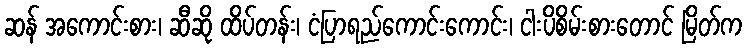
ဆန် အကောင်းစား၊ ဆီဆို ထိပ်တန်း၊ ငံပြာရည်ကောင်းကောင်း၊ ငါးပိစိမ်းစားတောင် မြိတ်က